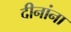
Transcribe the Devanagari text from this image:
दीनांना